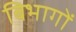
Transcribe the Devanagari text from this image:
बिभागों